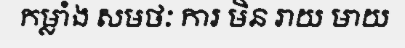
កម្លាំង សមថៈ ការ មិន រាយ មាយ